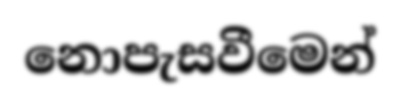
නොපැසවීමෙන්